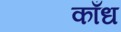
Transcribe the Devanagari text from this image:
काँध